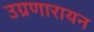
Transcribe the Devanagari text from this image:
उग्रणारायन